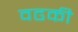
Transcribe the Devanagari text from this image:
वढकी